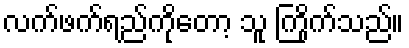
လက်ဖက်ရည်ကိုတော့ သူ ကြိုက်သည်။